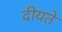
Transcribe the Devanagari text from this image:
दीयते